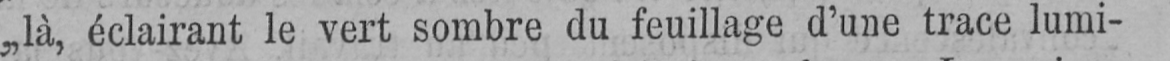
„là, éclairant le vert sombre du feuillage d’une trace lumi-